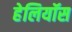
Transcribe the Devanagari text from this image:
हेलियॉस